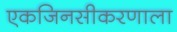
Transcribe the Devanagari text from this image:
एकजिनसीकरणाला